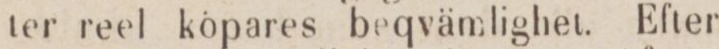
ter reel köpares beqvämlighet. Efter